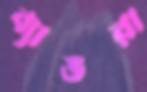
ব্যাঙরা